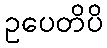
ဥပေတိပိ